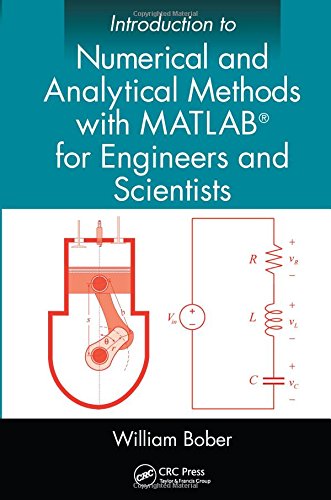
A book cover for Introduction to Numerical and Analytical Methods with MATLABÂ® for Engineers and Scientists; William Bober; Computers & Technology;